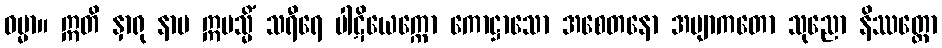
ဓမ္မာ။ ဣတိ နှာရု နာမ ဣမသ္မိံ သရီရေ ပါဋိယေက္ကော ကောဋ္ဌာသော အစေတနော အဗျာကတော သုညော နိဿတ္တော